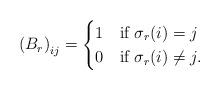
LaTeX: \begin{align*}\left(B_r\right)_{ij} =\begin{cases} 1 &\mbox{if } \sigma_r(i) = j\\ 0 &\mbox{if }\sigma_r(i) \neq j.\end{cases}\end{align*}